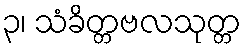
၃၊ သံခိတ္တဗလသုတ္တ